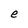
Character: e